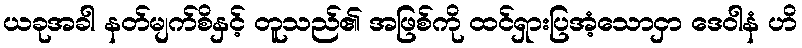
ယခုအခါ နတ်မျက်စိနှင့် တူသည်၏ အဖြစ်ကို ထင်ရှားပြအံ့သောငှာ ဒေဝါနံ ဟိ